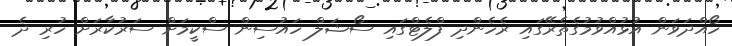
ހޯއްދަވަން އުޅުއްވުމުގެތެރޭގައި ރެހެންދި ފްލެޓްގައި ސޯޝަލް ހައުސިން ސްކީމަށް ސަރުކާރަށް ހުރި ދެ